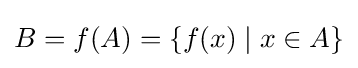
B=f(A)=\{f(x)\mid x\in A\}